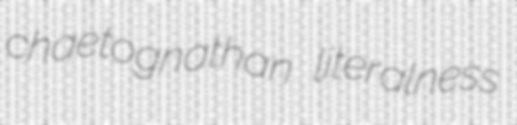
chaetognathan literalness